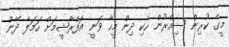
މީގެ ކުރިން ސިއްރުން ހެކި ދިން މީހާ ވަނީ އަފްރާޝީމަށް ހަމަލާ ދޭން